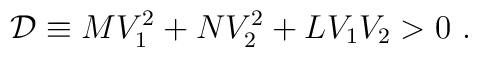
{\cal D} \equiv MV _1^2+ N V _2^2+ L V _1 V _2>0 \ .